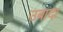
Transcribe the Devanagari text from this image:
उबादा